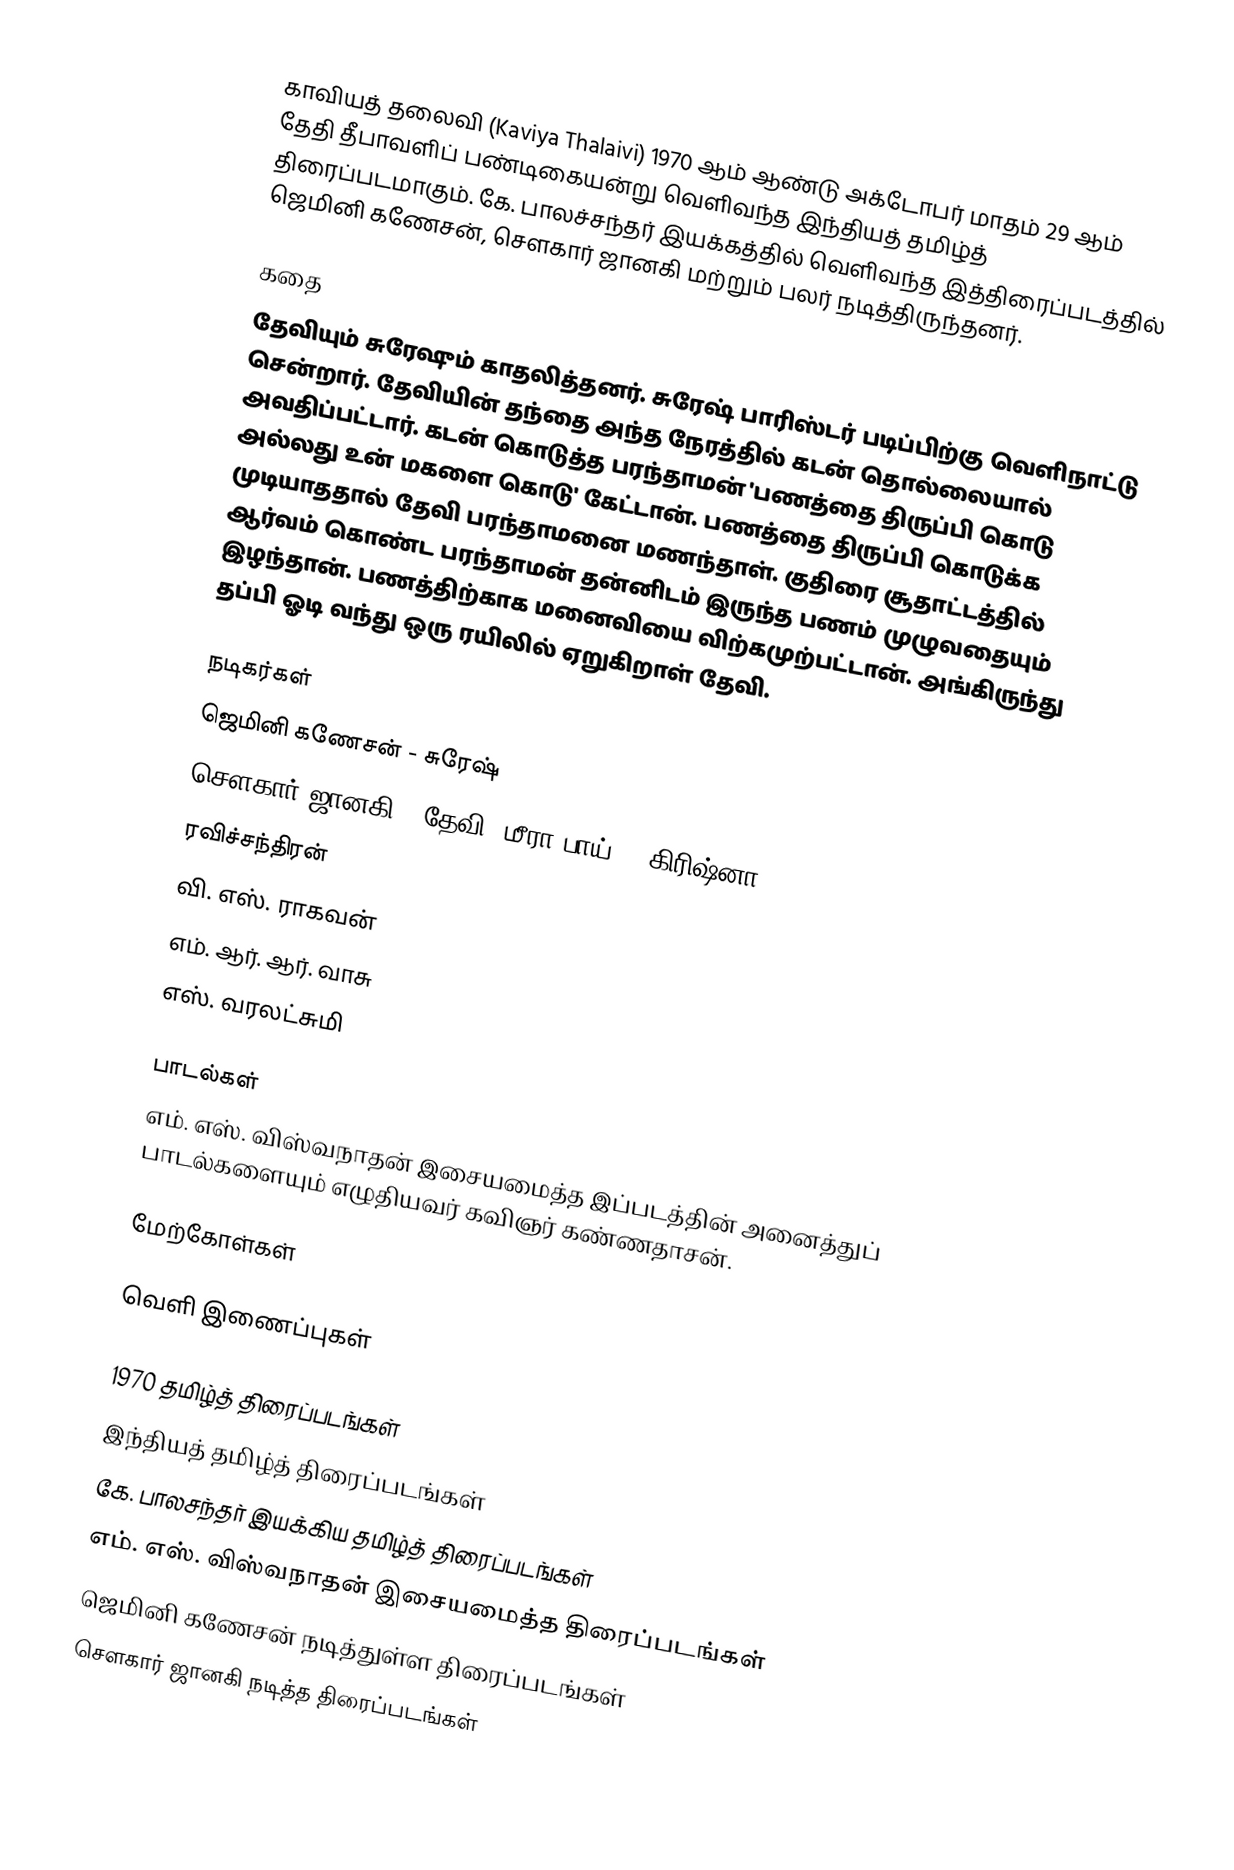
காவியத் தலைவி (Kaviya Thalaivi) 1970 ஆம் ஆண்டு அக்டோபர் மாதம் 29 ஆம் தேதி தீபாவளிப் பண்டிகையன்று வெளிவந்த இந்தியத் தமிழ்த் திரைப்படமாகும். கே. பாலச்சந்தர் இயக்கத்தில்  வெளிவந்த இத்திரைப்படத்தில் ஜெமினி கணேசன், சௌகார் ஜானகி மற்றும் பலர் நடித்திருந்தனர்.

கதை
தேவியும் சுரேஷும் காதலித்தனர். சுரேஷ் பாரிஸ்டர் படிப்பிற்கு வெளிநாட்டு சென்றார். தேவியின் தந்தை அந்த நேரத்தில் கடன் தொல்லையால் அவதிப்பட்டார். கடன் கொடுத்த பரந்தாமன் 'பணத்தை திருப்பி கொடு அல்லது உன் மகளை கொடு' கேட்டான். பணத்தை திருப்பி கொடுக்க முடியாததால் தேவி பரந்தாமனை மணந்தாள். குதிரை சூதாட்டத்தில் ஆர்வம் கொண்ட பரந்தாமன் தன்னிடம் இருந்த பணம் முழுவதையும் இழந்தான். பணத்திற்காக மனைவியை விற்கமுற்பட்டான். அங்கிருந்து தப்பி ஓடி வந்து ஒரு ரயிலில் ஏறுகிறாள் தேவி.

நடிகர்கள்
ஜெமினி கணேசன் - சுரேஷ்
சௌகார் ஜானகி - தேவி (மீரா பாய்) & கிரிஷ்னா
ரவிச்சந்திரன்
வி. எஸ். ராகவன்
எம். ஆர். ஆர். வாசு
எஸ். வரலட்சுமி

பாடல்கள்
எம். எஸ். விஸ்வநாதன் இசையமைத்த இப்படத்தின் அனைத்துப் பாடல்களையும் எழுதியவர் கவிஞர் கண்ணதாசன்.

மேற்கோள்கள்

வெளி இணைப்புகள்

1970 தமிழ்த் திரைப்படங்கள்
இந்தியத் தமிழ்த் திரைப்படங்கள்
கே. பாலசந்தர் இயக்கிய தமிழ்த் திரைப்படங்கள்
எம். எஸ். விஸ்வநாதன் இசையமைத்த திரைப்படங்கள்
ஜெமினி கணேசன் நடித்துள்ள திரைப்படங்கள்
சௌகார் ஜானகி நடித்த திரைப்படங்கள்